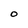
Character: O